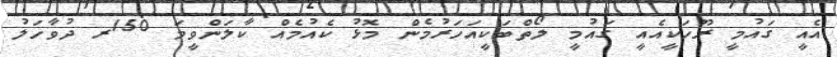
އެއީ ގައުމީ ރޫހަކީއެއީ ގައުމީ ލޯތްބަކީއަހަރުމެން މޮޅު ކެއުމެއް ކާލަންވީމަ 150ރ ދުވާހަލު